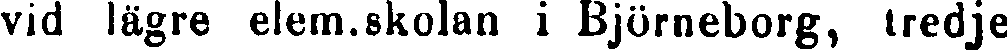
vid lägre elem.skolan i Björneborg, tredje